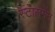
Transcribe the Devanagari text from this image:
स्टालमेंन